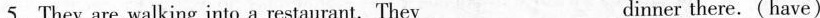
5.They are walking into a restaurant.They___dinner there.(have)